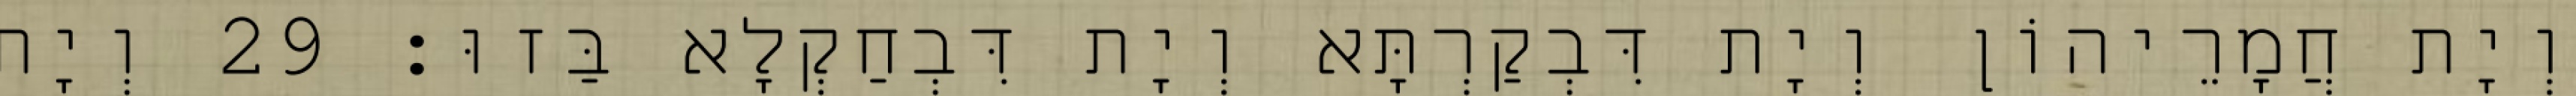
וְיָת חֲמָרֵיהוֹן וְיָת דִּבְקַרְתָּא וְיָת דִּבְחַקְלָא בַּזוּ׃ 29 וְיָת